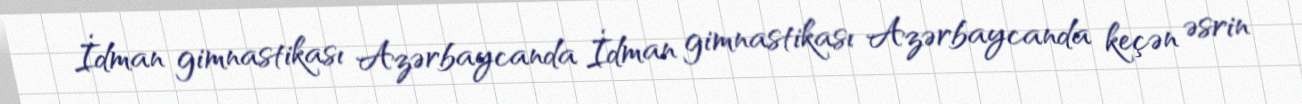
İdman gimnastikası Azərbaycanda İdman gimnastikası Azərbaycanda keçən əsrin